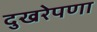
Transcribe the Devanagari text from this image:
दुखरेपणा